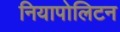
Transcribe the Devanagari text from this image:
नियापोलिटन